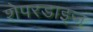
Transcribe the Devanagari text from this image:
शेपरडाइज